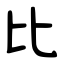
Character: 比